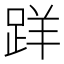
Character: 𨀘